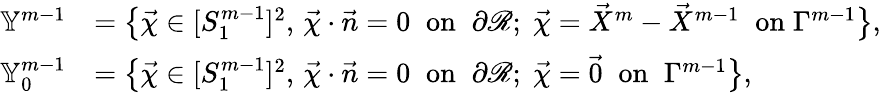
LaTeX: \begin{array}{rl}{\mathbb{Y}^{m-1}}&{=\bigl\{ \vec{\chi}\in[S_{1}^{m-1}]^{2},\, \vec{\chi}\cdot\vec{n}=0\; \; \mathrm{on}\; \; \partial\mathscr{R};\; \vec{\chi}=\vec{X}^{m}-\vec{X}^{m-1}\; \; \mathrm{on}\; \Gamma^{m-1}\bigr\} ,}\\ {\mathbb{Y}_{0}^{m-1}}&{=\bigl\{ \vec{\chi}\in[S_{1}^{m-1}]^{2},\, \vec{\chi}\cdot\vec{n}=0\; \; \mathrm{on}\; \; \partial\mathscr{R};\; \vec{\chi}=\vec{0}\; \; \mathrm{on}\; \; \Gamma^{m-1}\bigr\} ,}\end{array}